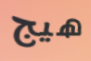
هيج